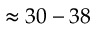
\approx 3 0 - 3 8 \